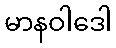
မာနဝါဒေါ